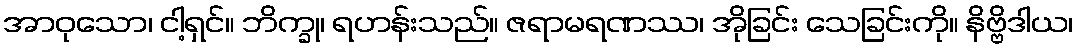
အာဝုသော၊ ငါ့ရှင်။ ဘိက္ခု၊ ရဟန်းသည်။ ဇရာမရဏဿ၊ အိုခြင်း သေခြင်းကို။ နိဗ္ဗိဒါယ၊